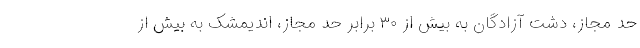
حد مجاز، دشت آزادگان به بیش از ۳۰ برابر حد مجاز، اندیمشک به بیش از